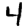
Digit: 4